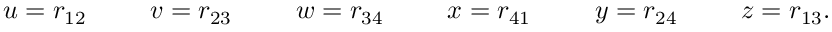
u = r _ { 1 2 } \phantom { s p a c e } v = r _ { 2 3 } \phantom { s p a c e } w = r _ { 3 4 } \phantom { s p a c e } x = r _ { 4 1 } \phantom { s p a c e } y = r _ { 2 4 } \phantom { s p a c e } z = r _ { 1 3 } .